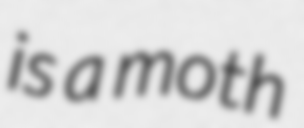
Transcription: is a moth